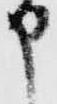
申